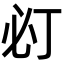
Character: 𢗈